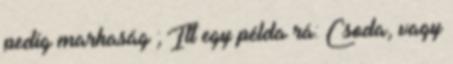
pedig marhaság ; Itt egy példa rá: Csoda, vagy